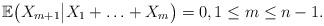
LaTeX: \begin{align*}\mathbb{E}\big(X_{m+1}\big|X_1+\ldots+X_m\big)=0, 1\le m \le n-1.\end{align*}